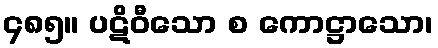
၄၈၅။ ပဋိဝီသော စ ကောဋ္ဌာသော၊